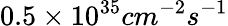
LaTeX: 0.5\times 10^{35}cm^{-2}s^{-1}